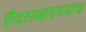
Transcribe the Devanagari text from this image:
हैदराबादच्याच